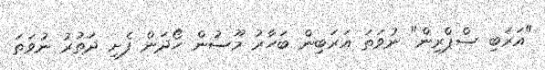
"އަރަބި ސްޕްރިން" ނުވަތަ އަރަބިން ބަހާރު މޫސުން ހޯދަން ފެށި ދަތުރު ނުވަތަ